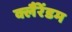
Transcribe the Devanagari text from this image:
क्लैंरेंडम